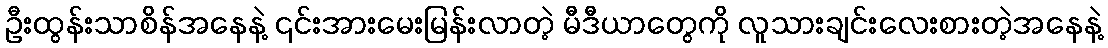
ဦးထွန်းသာစိန်အနေနဲ့ ၎င်းအားမေးမြန်းလာတဲ့ မီဒီယာတွေကို လူသားချင်းလေးစားတဲ့အနေနဲ့